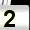
Digit: 2